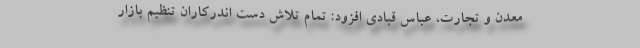
معدن و تجارت، عباس قبادی افزود: تمام تلاش دست اندرکاران تنظیم بازار